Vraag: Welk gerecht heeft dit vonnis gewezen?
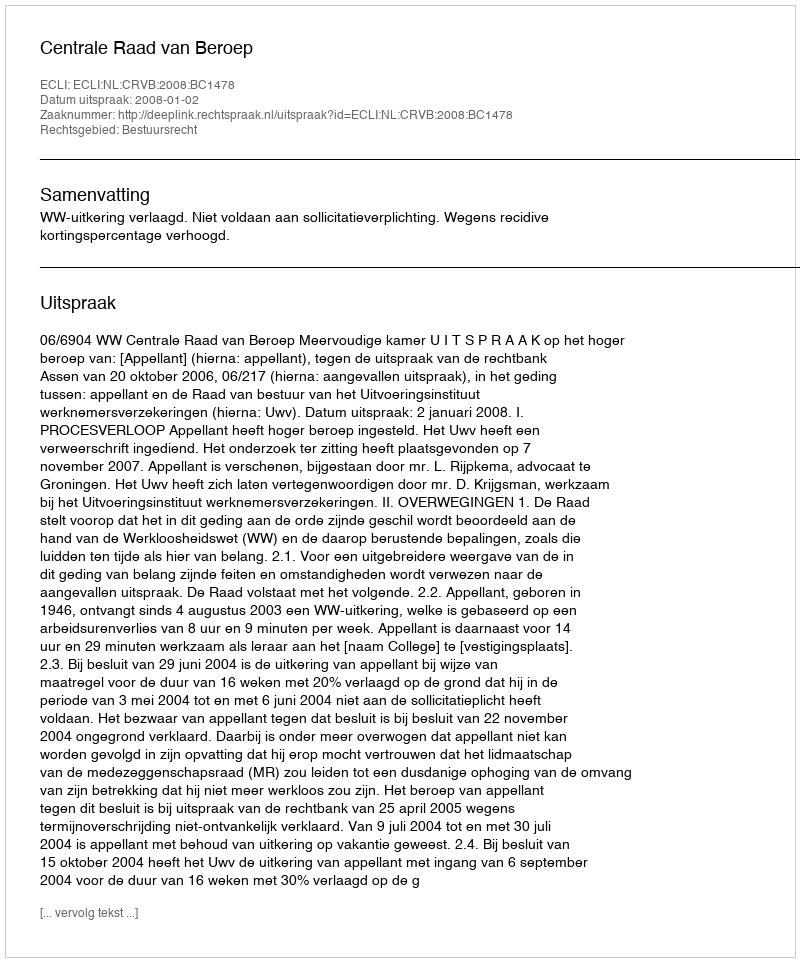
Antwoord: Centrale Raad van Beroep